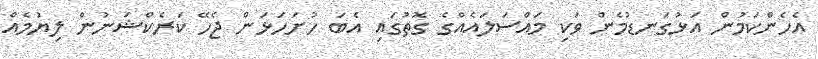
އެހެންކަމުން އަޅުގަނޑުމެން ވަކި މައްސަލައެއްގެ ގޮތުގައި އެބަ ހުށަހަޅަން ޖެހޭ ކަރެކްޝަނުން ލިޔުމެއް